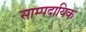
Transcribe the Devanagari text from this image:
साम्पदायिक